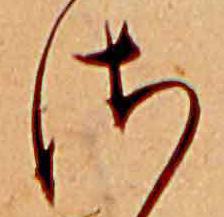
さ